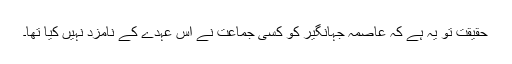
حقیقت تو یہ ہے کہ عاصمہ جہانگیر کو کسی جماعت نے اس عہدے کے نامزد نہیں کیا تھا۔